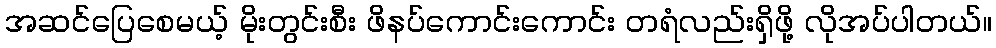
အဆင်ပြေစေမယ့် မိုးတွင်းစီး ဖိနပ်ကောင်းကောင်း တရံလည်းရှိဖို့ လိုအပ်ပါတယ်။